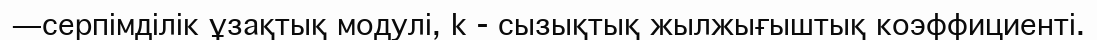
—серпімділік ұзақтық модулі, k - сызықтық жылжығыштық коэффициенті.